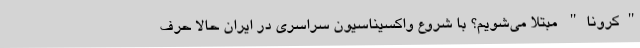
"کرونا" مبتلا می‌شویم؟ با شروع واکسیناسیون سراسری در ایران حالا حرف